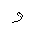
Letter: _waw